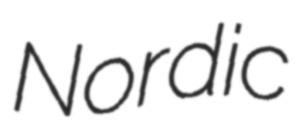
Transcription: Nordic